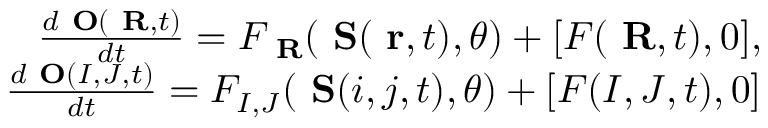
\begin{array} { r l r } & { } & { \frac { d \mathrm { { \bf ~ O } } ( \mathrm { { \bf ~ R } } , t ) } { d t } = F _ { \mathrm { { \bf ~ R } } } ( { \mathrm { { \bf ~ S } } } ( \mathrm { { \bf ~ r } } , t ) , \theta ) + [ { \cal F } ( \mathrm { { \bf ~ R } } , t ) , 0 ] , } \\ & { } & { \frac { d \mathrm { { \bf ~ O } } ( I , J , t ) } { d t } = F _ { I , J } ( { \mathrm { { \bf ~ S } } } ( i , j , t ) , \theta ) + [ { \cal F } ( I , J , t ) , 0 ] } \end{array}